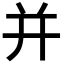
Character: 并